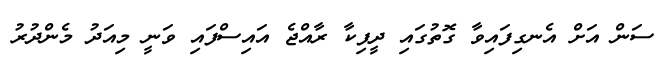
ސަން އަށް އެނގިފައިވާ ގޮތުގައި ދީޕިކާ ރާއްޖެ އައިސްފައި ވަނީ މިއަދު މެންދުރު